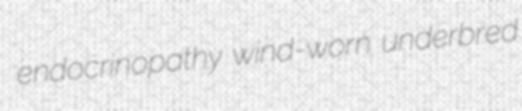
endocrinopathy wind-worn underbred